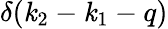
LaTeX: \delta(\mathit{k}_{2}-\mathit{k}_{1}-q)